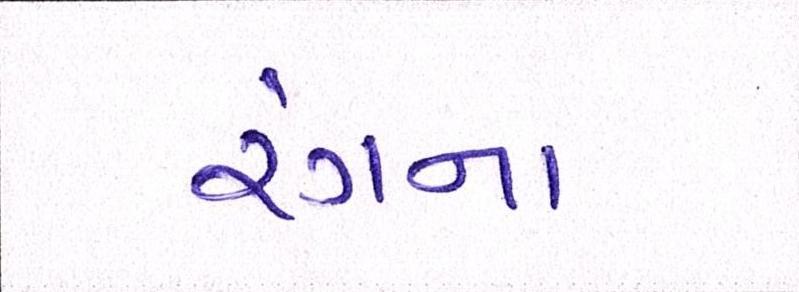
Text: રંગના